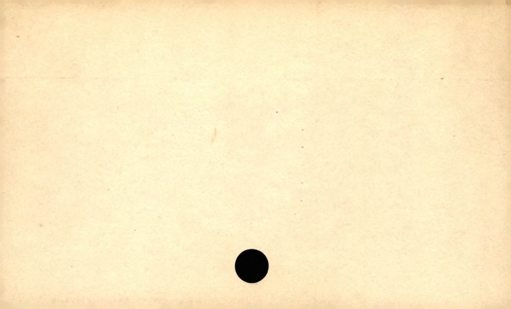
Label: blank